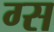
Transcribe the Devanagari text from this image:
ग्स